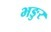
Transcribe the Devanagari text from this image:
भङुर